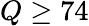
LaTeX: Q\geq 74